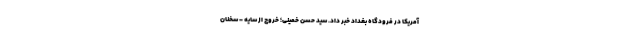
آمریکا در فرودگاه بغداد خبر داد. سید حسن خمینی؛ خروج از سایه - سخنان